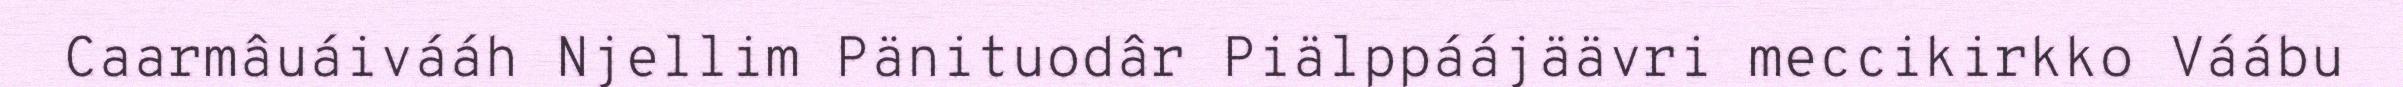
Caarmâuáivááh Njellim Pänituodâr Piälppáájäävri meccikirkko Váábu